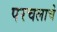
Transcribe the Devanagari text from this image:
परचलाचे